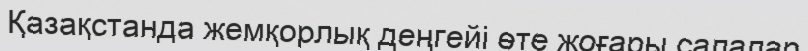
Қазақстанда жемқорлық деңгейі өте жоғары салалар